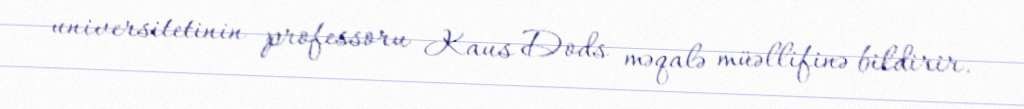
universitetinin professoru Kaus Dods məqalə müəllifinə bildirir.